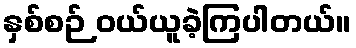
နှစ်စဉ် ဝယ်ယူခဲ့ကြပါတယ်။